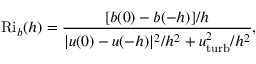
\mathrm { R i } _ { b } ( h ) = \frac { [ b ( 0 ) - b ( - h ) ] / h } { | \boldsymbol { u } ( 0 ) - \boldsymbol { u } ( - h ) | ^ { 2 } / h ^ { 2 } + u _ { \mathrm { t u r b } } ^ { 2 } / h ^ { 2 } } ,